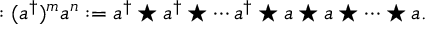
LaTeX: : ( a ^ { \dagger } ) ^ { m } a ^ { n } : = a ^ { \dagger } \star a ^ { \dagger } \star \cdots a ^ { \dagger } \star a \star a \star \cdots \star a .